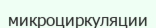
микроциркуляции